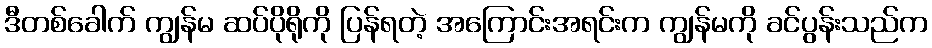
ဒီတစ်ခေါက် ကျွန်မ ဆပ်ပိုရိုကို ပြန်ရတဲ့ အကြောင်းအရင်းက ကျွန်မကို ခင်ပွန်းသည်က